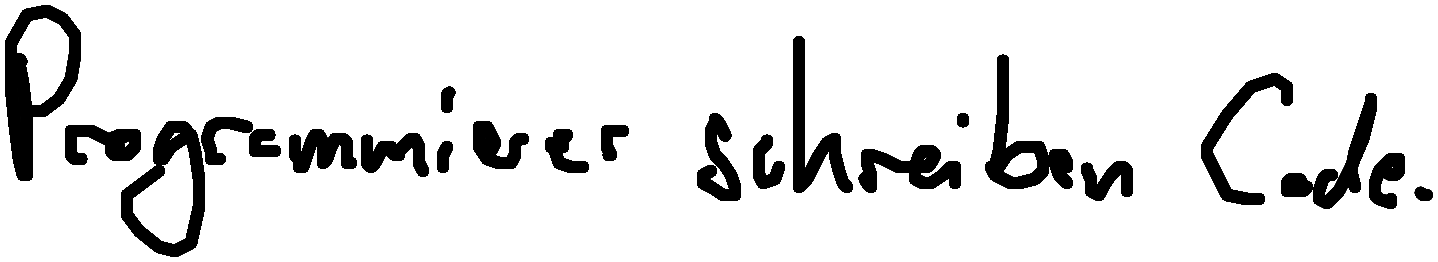
Programmierer schreiben Code.